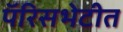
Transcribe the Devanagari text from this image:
पॅरिसभेटीत